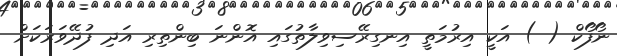
ނޯފޯކް ( ) އަކީ އިރުމަތީ އިނގިރޭސިވިލާތުގައި އޮންނަ ބިންތިރި އަދި ފުދޭވަރަކަށް